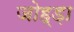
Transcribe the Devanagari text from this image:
जोह्ड़ा